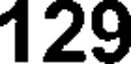
129